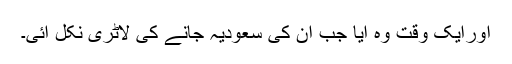
اورایک وقت وہ آیا جب اُن کی سعودیہ جانے کی لاٹری نکل آئی۔